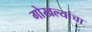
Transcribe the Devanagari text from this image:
गोखल्यांचा